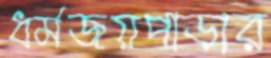
ধর্মজয়পাড়ার